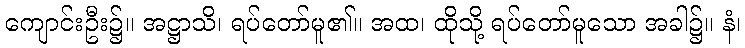
ကျောင်းဦး၌။ အဋ္ဌာသိ၊ ရပ်တော်မူ၏။ အထ၊ ထိုသို့ ရပ်တော်မူသော အခါ၌။ နံ၊